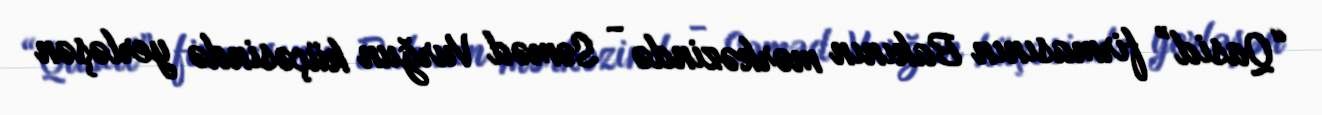
“Qasid” firmasının Bakının mərkəzində - Səməd Vurğun küçəsində yerləşən